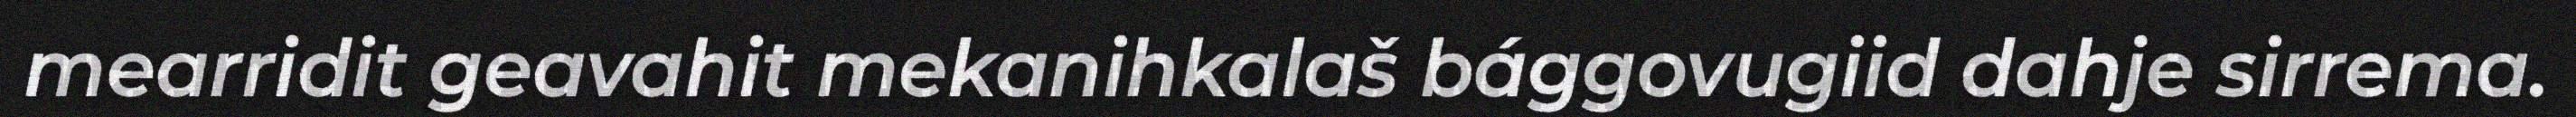
mearridit geavahit mekanihkalaš bággovugiid dahje sirrema.